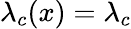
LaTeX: \lambda_{c}(x)=\lambda_{c}